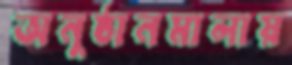
অনুষ্ঠানমালায়